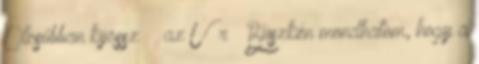
Olcsóbban kijössz ” az Úr „Büszkén mondhatom, hogy a